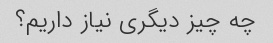
چه چیز دیگری نیاز داریم؟